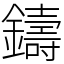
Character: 鑄